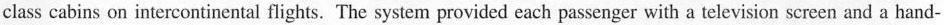
class cabins on intercontinental flights. The system provided each passenger with a television screen and a hand-